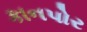
કાનપોર